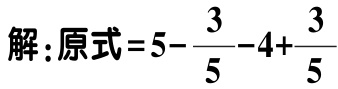
解：原式\(=5 - \frac{3}{5} - 4 + \frac{3}{5}\)